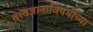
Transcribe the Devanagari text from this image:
तत्त्वज्ञानाविषयीच्या